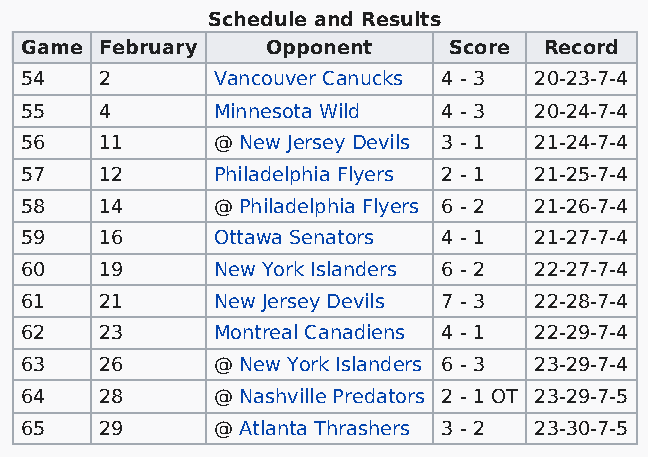
Schedule and Results
 Game  February   Opponent    Score Record
 54    2      Vancouver Canucks 4 - 3 20-23-7-4
 55    4      Minnesota Wild 4 - 3 20-24-7-4
 56    11     @ New Jersey Devils 3 - 1 21-24-7-4
 57    12     Philadelphia Flyers 2 - 1 21-25-7-4
 58    14     @ Philadelphia Flyers 6 - 2 21-26-7-4
 59    16     Ottawa Senators 4 - 1 21-27-7-4
 60    19     New York Islanders 6 - 2 22-27-7-4
 61    21     New Jersey Devils 7 - 3 22-28-7-4
 62    23     Montreal Canadiens 4 - 1 22-29-7-4
 63    26     @ New York Islanders 6 - 3 23-29-7-4
 64    28     @ Nashville Predators 2 - 1 OT 23-29-7-5
 65    29     @ Atlanta Thrashers 3 - 2 23-30-7-5